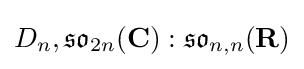
D_{n},{\mathfrak {so}}_{2n}(\mathbf {C} ):{\mathfrak {so}}_{n,n}(\mathbf {R} )